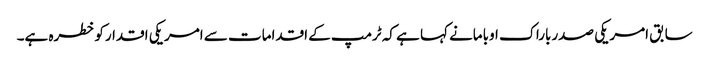
سابق امریکی صدرباراک اوبامانے کہا ہے کہ ٹرمپ کے اقدامات سے امریکی اقدارکوخطرہ ہے۔